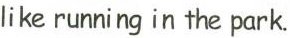
like running in the park.